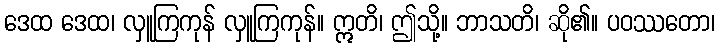
ဒေထ ဒေထ၊ လှူကြကုန် လှူကြကုန်။ ဣတိ၊ ဤသို့။ ဘာသတိ၊ ဆို၏။ ပဝဿတော၊